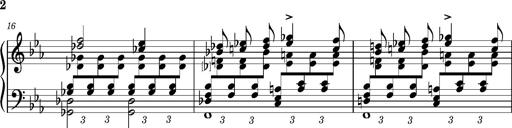
Title: PrÃ©ludes et Harmonies poÃ©tiques et religieuses
Composer: Franz Liszt